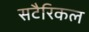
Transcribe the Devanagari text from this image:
सटैरिकल